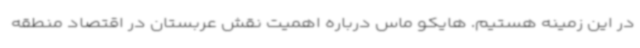
در این زمینه هستیم. هایکو ماس درباره اهمیت نقش عربستان در اقتصاد منطقه